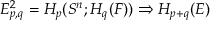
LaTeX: E _ { p , q } ^ { 2 } = H _ { p } ( S ^ { n } ; H _ { q } ( F ) ) \Rightarrow H _ { p + q } ( E )